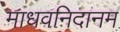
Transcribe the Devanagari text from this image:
माधवनिदानम